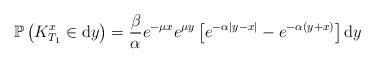
LaTeX: \begin{align*}\mathbb{P}\left(K^x_{T_1}\in \mathrm{d}y\right)=\frac{\beta}{\alpha} e^{-\mu x}e^{\mu y}\left[e^{-\alpha |y-x|}-e^{-\alpha (y+x)}\right] \mathrm{d}y\end{align*}